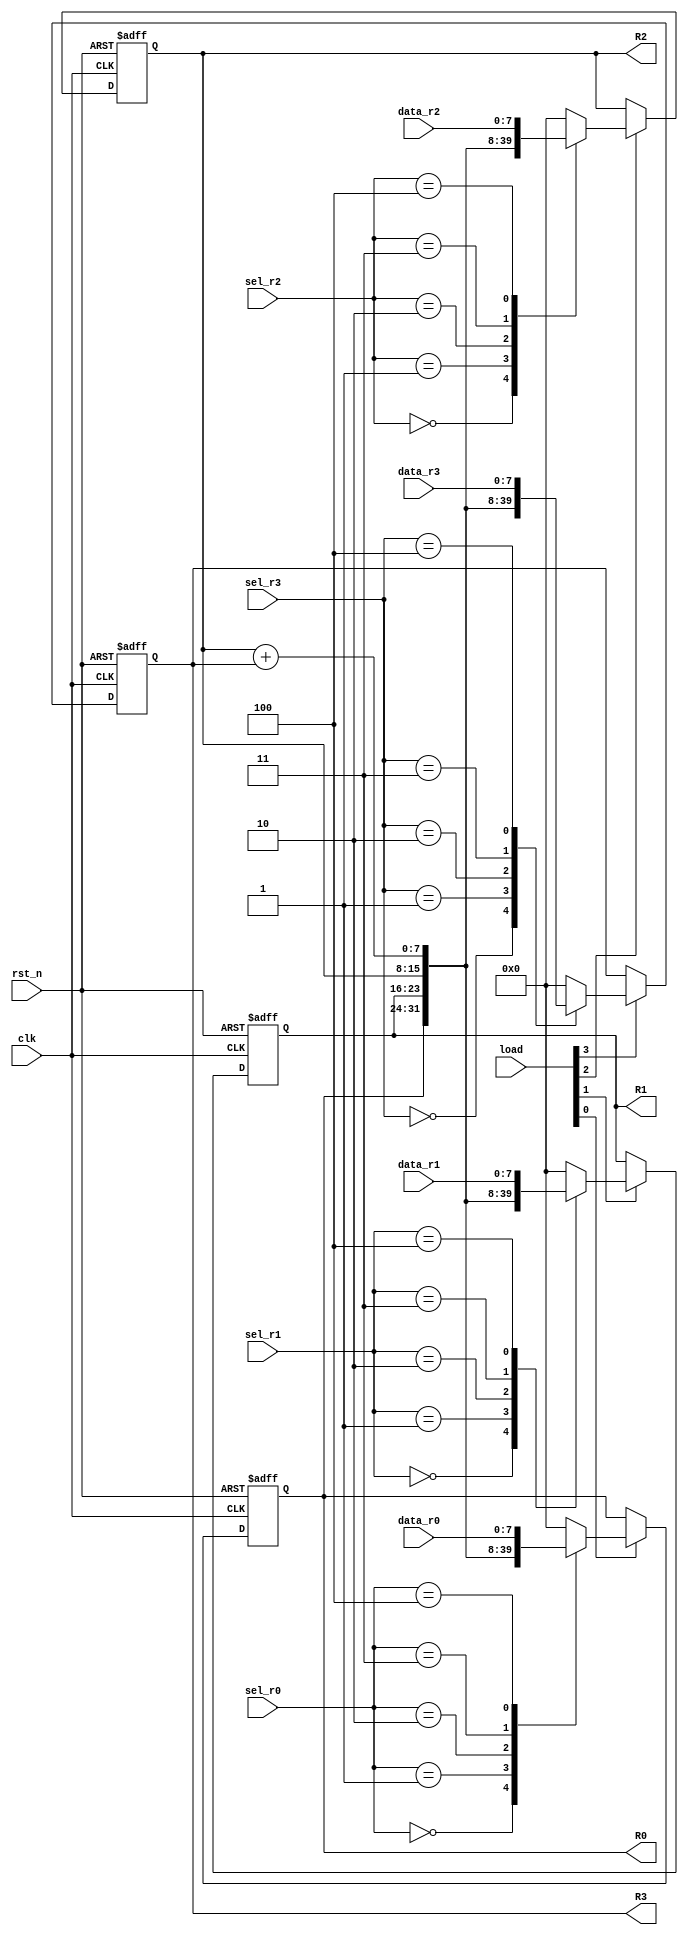
module hw02_a_2(
	input clk,
	input rst_n,
	input [7:0] data_r0, data_r1, data_r2, data_r3,
	input [2:0] sel_r0, sel_r1, sel_r2, sel_r3,
	input [3:0] load,
	output reg [7:0] R0,R1,R2,R3
	);
	//reg [7:0] next_R0,next_R1,next_R2,next_R3;
	reg [7:0] temp_r0, temp_r1, temp_r2, temp_r3;
	
	initial begin
		R0 = 8'd0;
		R1 = 8'd0;
		R2 = 8'd0;
		R3 = 8'd0;
	end
	
	always@(posedge clk or negedge rst_n) begin
		if(~rst_n) begin
			R0 <= 8'd0;
		end
		else if(load[0] == 1'b1) begin
			R0 <= temp_r0;
		end
		else begin
			R0 <= R0;
		end
	end
	
	always@(posedge clk or negedge rst_n) begin
		if(~rst_n) begin
			R1 <= 8'd0;
		end
		else if(load[1] == 1'b1) begin
			R1 <= temp_r1;
		end
		else begin
			R1 <= R1;
		end
	end
	
	always@(posedge clk or negedge rst_n) begin
		if(~rst_n) begin
			R2 <= 8'd0;
		end
		else if(load[2] == 1'b1) begin
			R2 <= temp_r2;
		end
		else begin
			R2 <= R2;
		end
	end	
	
	always@(posedge clk or negedge rst_n) begin
		if(~rst_n) begin
			R3 <= 8'd0;
		end
		else if(load[3] == 1'b1) begin
			R3 <= temp_r3;
		end
		else begin
			R3 <= R3;
		end
	end
	
	always@* begin
		temp_r0 = 8'd0;
		case(sel_r0)
		3'd0 : 
			temp_r0 = R0;
		3'd1 :
			temp_r0 = R1;
		3'd2 :
			temp_r0 = R2;
		3'd3 :
			temp_r0 = R2 + R3;
		3'd4 :
			temp_r0 = data_r0;
		endcase
	end
		
	always@* begin
		temp_r1 = 8'd0;
		case(sel_r1)
		3'd0 : 
			temp_r1 = R0;
		3'd1 :
			temp_r1 = R1;
		3'd2 :
			temp_r1 = R2;
		3'd3 :
			temp_r1 = R2 + R3;
		3'd4 :
			temp_r1 = data_r1;
		endcase
	end

	always@* begin
		temp_r2 = 8'd0;
		case(sel_r2)
		3'd0 : 
			temp_r2 = R0;
		3'd1 :
			temp_r2 = R1;
		3'd2 :
			temp_r2 = R2;
		3'd3 :
			temp_r2 = R2 + R3;
		3'd4 :
			temp_r2 = data_r2;
		endcase
	end

	always@* begin
		temp_r3 = 8'd0;
		case(sel_r3)
		3'd0 : 
			temp_r3 = R0;
		3'd1 :
			temp_r3 = R1;
		3'd2 :
			temp_r3 = R2;
		3'd3 :
			temp_r3 = R2 + R3;
		3'd4 :
			temp_r3 = data_r3;
		endcase
	end
		
endmodule